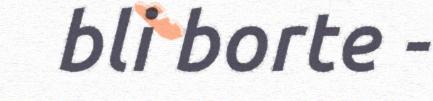
bli borte -